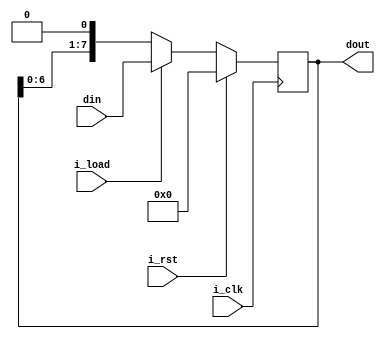
module cyclenot_left_register8
    #(parameter MSB = 8)(
    input [MSB - 1 : 0] din,
    input i_rst,
    input i_load,
    input i_clk,
    output  [MSB - 1 : 0] dout
);

    reg [MSB - 1 : 0] dout_mid;

    always@(posedge i_clk) begin
        if(i_rst) begin
            dout_mid <= 'd0;
        end
        else if(i_load) begin
            dout_mid <= din;
        end
        else begin
            dout_mid <= {dout_mid[MSB - 2 : 0], 1'b0};
        end
        end
    assign dout = dout_mid;


endmodule